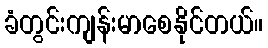
ခံတွင်းကျန်းမာစေနိုင်တယ်။